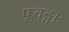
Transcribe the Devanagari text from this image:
प्लवङ्गाः